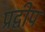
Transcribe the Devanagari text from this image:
प्रद्वीप